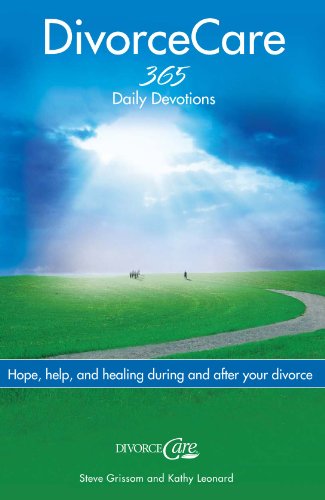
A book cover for Divorce Care: Hope, Help, and Healing During and After Your Divorce; Steve Grissom; Parenting & Relationships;